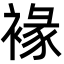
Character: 褖